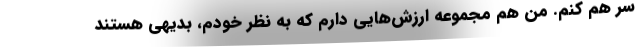
سر هم کنم. من هم مجموعه ارزش‌هایی دارم که به نظر خودم، بدیهی هستند